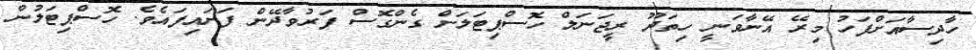
ހާދިސާއަށްފަހު މިރޭ އޭނާވަނީ ހިތަދޫ ރީޖަނަލް ހޮސްޕިޓަލަށް ގެންގޮސް ފަރުވާދޭން ފަށައިފައެވެ. ހޮސްޕިޓަލުން